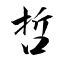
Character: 哲